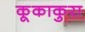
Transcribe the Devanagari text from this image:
कूकाकुरा